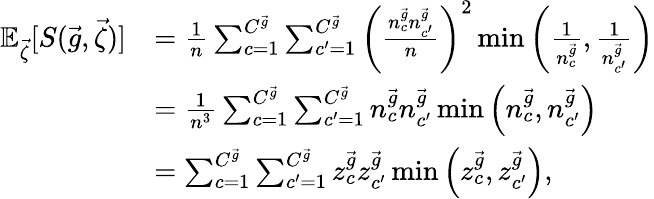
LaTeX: \begin{array}{rl}{{\mathbb E}_{\vec{\zeta}}[S(\vec{g},\vec{\zeta})]}&{=\frac{1}{n}\sum_{c=1}^{C^{\vec{g}}}\sum_{c^{\prime}=1}^{C^{\vec{g}}}\left(\frac{n_{c}^{\vec{g}}n_{c^{\prime}}^{\vec{g}}}{n}\right)^{2}\operatorname*{min}\left(\frac{1}{n_{c}^{\vec{g}}},\frac{1}{n_{c^{\prime}}^{\vec{g}}}\right)}\\ &{=\frac{1}{n^{3}}\sum_{c=1}^{C^{\vec{g}}}\sum_{c^{\prime}=1}^{C^{\vec{g}}}n_{c}^{\vec{g}}n_{c^{\prime}}^{\vec{g}}\operatorname*{min}\left(n_{c}^{\vec{g}},n_{c^{\prime}}^{\vec{g}}\right)}\\ &{=\sum_{c=1}^{C^{\vec{g}}}\sum_{c^{\prime}=1}^{C^{\vec{g}}}z_{c}^{\vec{g}}z_{c^{\prime}}^{\vec{g}}\operatorname*{min}\left(z_{c}^{\vec{g}},z_{c^{\prime}}^{\vec{g}}\right),}\end{array}